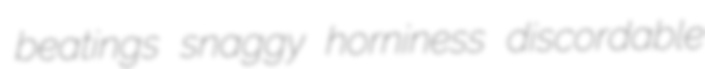
beatings snaggy horniness discordable